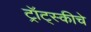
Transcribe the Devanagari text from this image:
ट्रॉट्स्कीचे